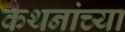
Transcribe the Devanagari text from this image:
कथनांच्या